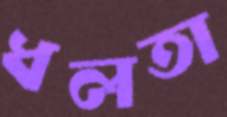
ধলতা